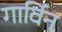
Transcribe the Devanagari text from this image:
गार्विन